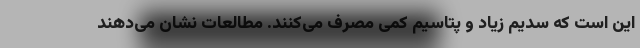
این است که سدیم زیاد و پتاسیم کمی مصرف می‌کنند. مطالعات نشان می‌دهند